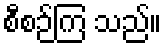
စီစဉ်ကြ သည်။